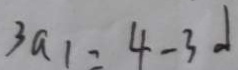
3 a _ { 1 } = 4 - 3 d